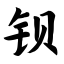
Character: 钡